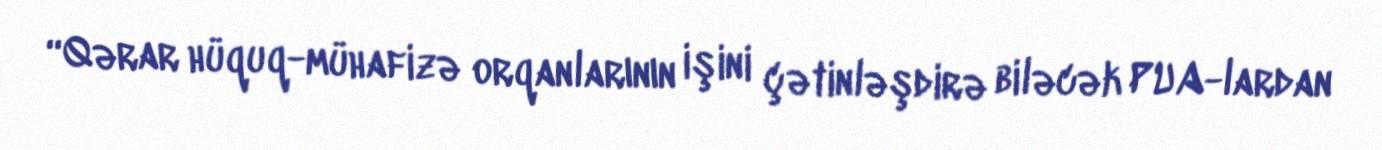
“Qərar hüquq-mühafizə orqanlarının işini çətinləşdirə biləcək PUA-lardan